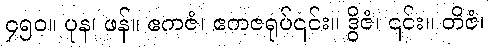
၄၅၀။ ပုန၊ ဖန်။ ဧကဇံ၊ ဧကဇရုပ်၎င်း။ ဒွိဇံ၊ ၎င်း။ တိဇံ၊